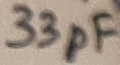
Text: 33pF